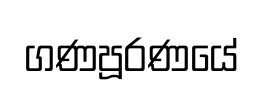
ගණපූරණයේ